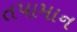
તપામાન